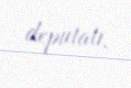
deputatı.